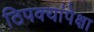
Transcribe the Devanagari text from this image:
ठिपक्यांपेक्षा